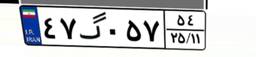
۴۷گ۰۵۷۵۴